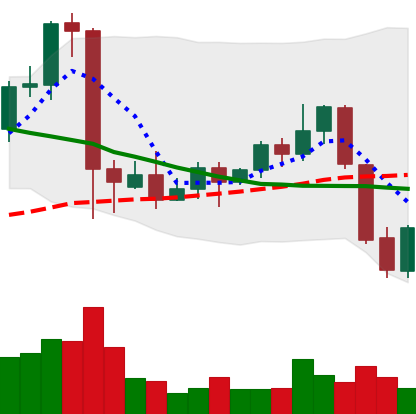
Ticker: EOS-USD
Chart end date: 2021-09-22
Forward return: -10.861%
Label: down_7plus